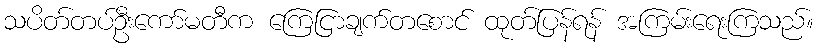
သပိတ်တပ်ဦးကော်မတီက ကြေငြာချက်တစောင် ထုတ်ပြန်ရန် အကြမ်းရေးကြသည်။